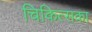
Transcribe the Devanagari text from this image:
चिकित्सका